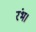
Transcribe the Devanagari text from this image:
रंभ।